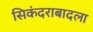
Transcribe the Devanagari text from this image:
सिकंदराबादला